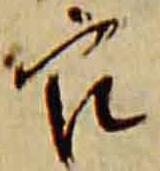
官